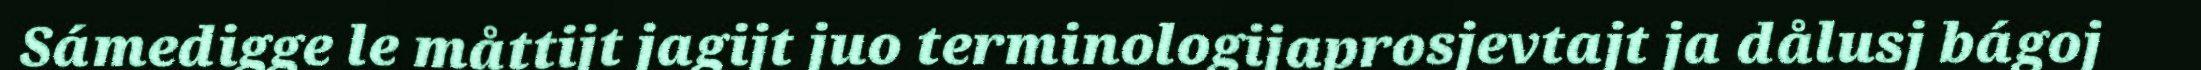
Sámedigge le måttijt jagijt juo terminologijaprosjevtajt ja dålusj bágoj